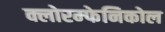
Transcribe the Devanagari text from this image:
क्लोरम्फेनिकोल